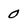
Character: 0